Statistical return of the lunatic asylum in Assam - 1912-1932
Year: 1912
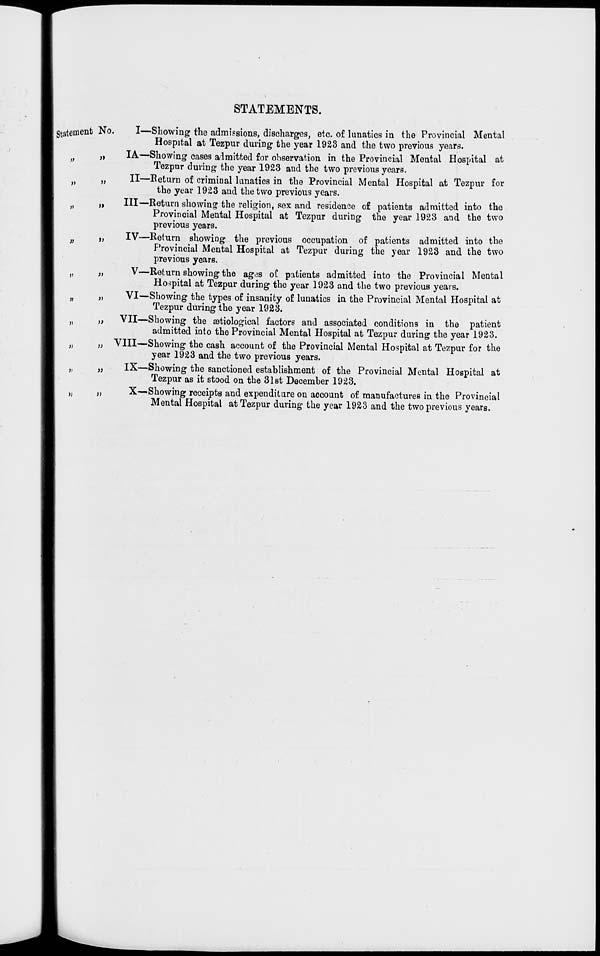
STATEMENTS.
Sta- tement No.
>»
i)
i>
»
>i
>>
it
t>
))
J>
III
IV-
I—Showing the admissions, discharges, etc. of lunatics in the Provincial Mental
Hospital at Tezpur during the year 1923 and the two previous years.
IA—Showing cases admitted for observation in the Provincial Mental Hospital at
Tezpnr during the year 1923 and the two previous years.
II—Return of criminal lunatics in the Provincial Mental Hospital at Tezpur for
the year 1923 and the two previous years.
Return showing the religion, sex and residence of patients admitted into the
Provincial Mental Hospital at Tezpur during the year 1923 and the two
previous years.
-Return showing the previous occupation of patients admitted into the
Provincial Mental Hospital at Tezpur during the year 1923 and the two
previous years.
V—Return showing the ag.^s of patients admitted into the Provincial Mental
Hospital at Tezpur during the year 1923 and the two previous years.
VI—Showing the types of insanity of lunatics in the Provincial Mental Hospital at
Tezpur during the year 1923.
VII—Showing the aatiological factors and associated conditions in the patient
admitted into the Provincial Mental Hospital at Tezpur during the year 1923.
VIII—Showing the cash account of the Provincial Mental Hospital at Tezpur for the
year 1923 and the two previous years.
IX—Showing the sanctioned establishment of the Provincial Mental Hospital at
Tezpur as it stood on the 31st December 1923.
X—-Showing receipts and expenditure on account of manufactures in the Provincial
Mental Hospital at Tezpur during the year 1923 and the two previous years.